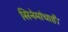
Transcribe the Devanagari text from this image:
सिनेमांचाही